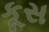
કૂસ